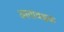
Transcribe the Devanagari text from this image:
अत्यावश्वक